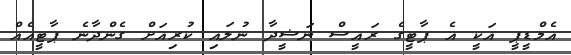
އެމްޑީޕީ އަކީ އެ ޕާޓީގެ ރައީސް ނަޝީދާ ނުލައި ކުރިއަށް ގެންދާނެ ޕާޓީއެއް